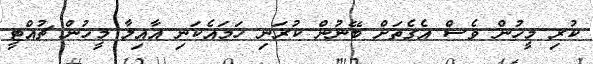
ކުރި މީހުން ވެސް އެގެތަށް ބޭނުން ކުރަނި ހަމައެކަނި އާއިލާ މީހުން ޗުއްޓީ